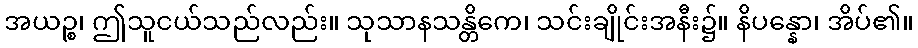
အယဉ္စ၊ ဤသူငယ်သည်လည်း။ သုသာနသန္တိကေ၊ သင်းချိုင်းအနီး၌။ နိပန္နော၊ အိပ်၏။